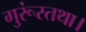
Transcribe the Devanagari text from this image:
गुरूंस्तथा।